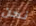
نحن